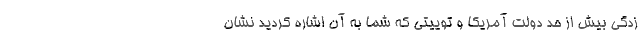
زدگی بیش از حد دولت آمریکا و توییتی که شما به آن اشاره کردید نشان